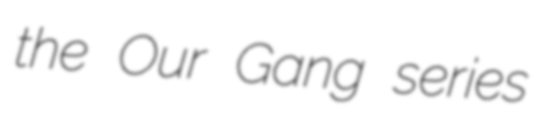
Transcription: the Our Gang series